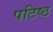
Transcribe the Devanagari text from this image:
पटिष्ठ